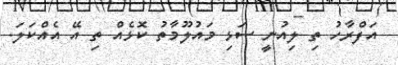
އަފްރާހު ތި ލިއުނީ ސަޅި މައުލޫމާތު ކޮޅެއް ތި އޭ އެއްކަލަ.